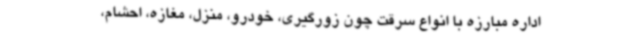
اداره مبارزه با انواع سرقت چون زورگیری، خودرو، منزل، مغازه، احشام،